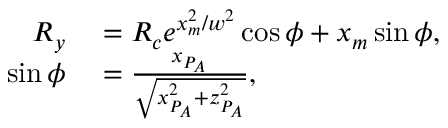
\begin{array} { r l } { R _ { y } } & { { } = R _ { c } e ^ { x _ { m } ^ { 2 } / w ^ { 2 } } \cos \phi + x _ { m } \sin \phi , } \\ { \sin \phi } & { { } = \frac { x _ { P _ { A } } } { \sqrt { x _ { P _ { A } } ^ { 2 } + z _ { P _ { A } } ^ { 2 } } } , } \end{array}